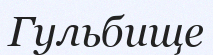
Гульбище